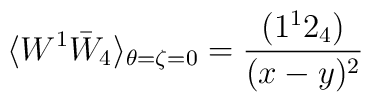
\langle W^{1}\bar W_4\rangle_{\theta=\zeta=0} = \frac{(1^{1}2_4)}{  (x-y)^2}